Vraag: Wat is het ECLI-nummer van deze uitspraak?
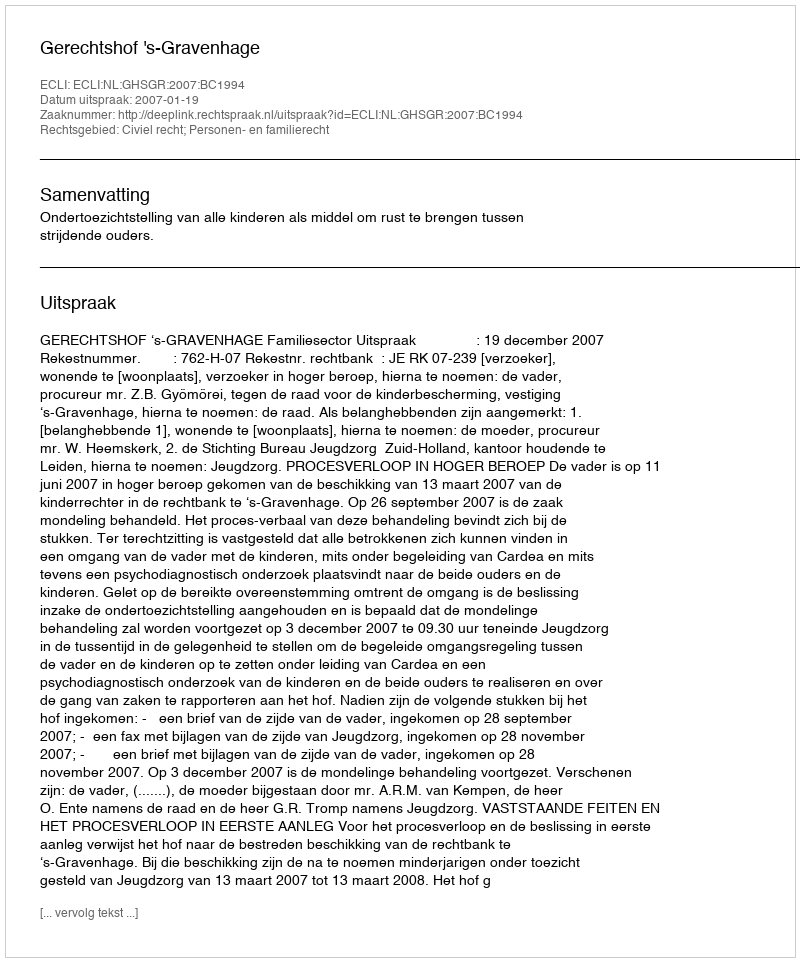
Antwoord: ECLI:NL:GHSGR:2007:BC1994